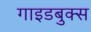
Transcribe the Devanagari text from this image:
गाइडबुक्स